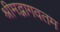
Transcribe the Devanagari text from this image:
श्रीमद्भागवतम